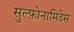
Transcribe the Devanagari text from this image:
सुल्फ़ोनामिदेस